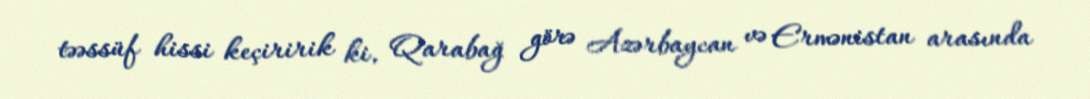
təəssüf hissi keçiririk ki, Qarabağ görə Azərbaycan və Ermənistan arasında